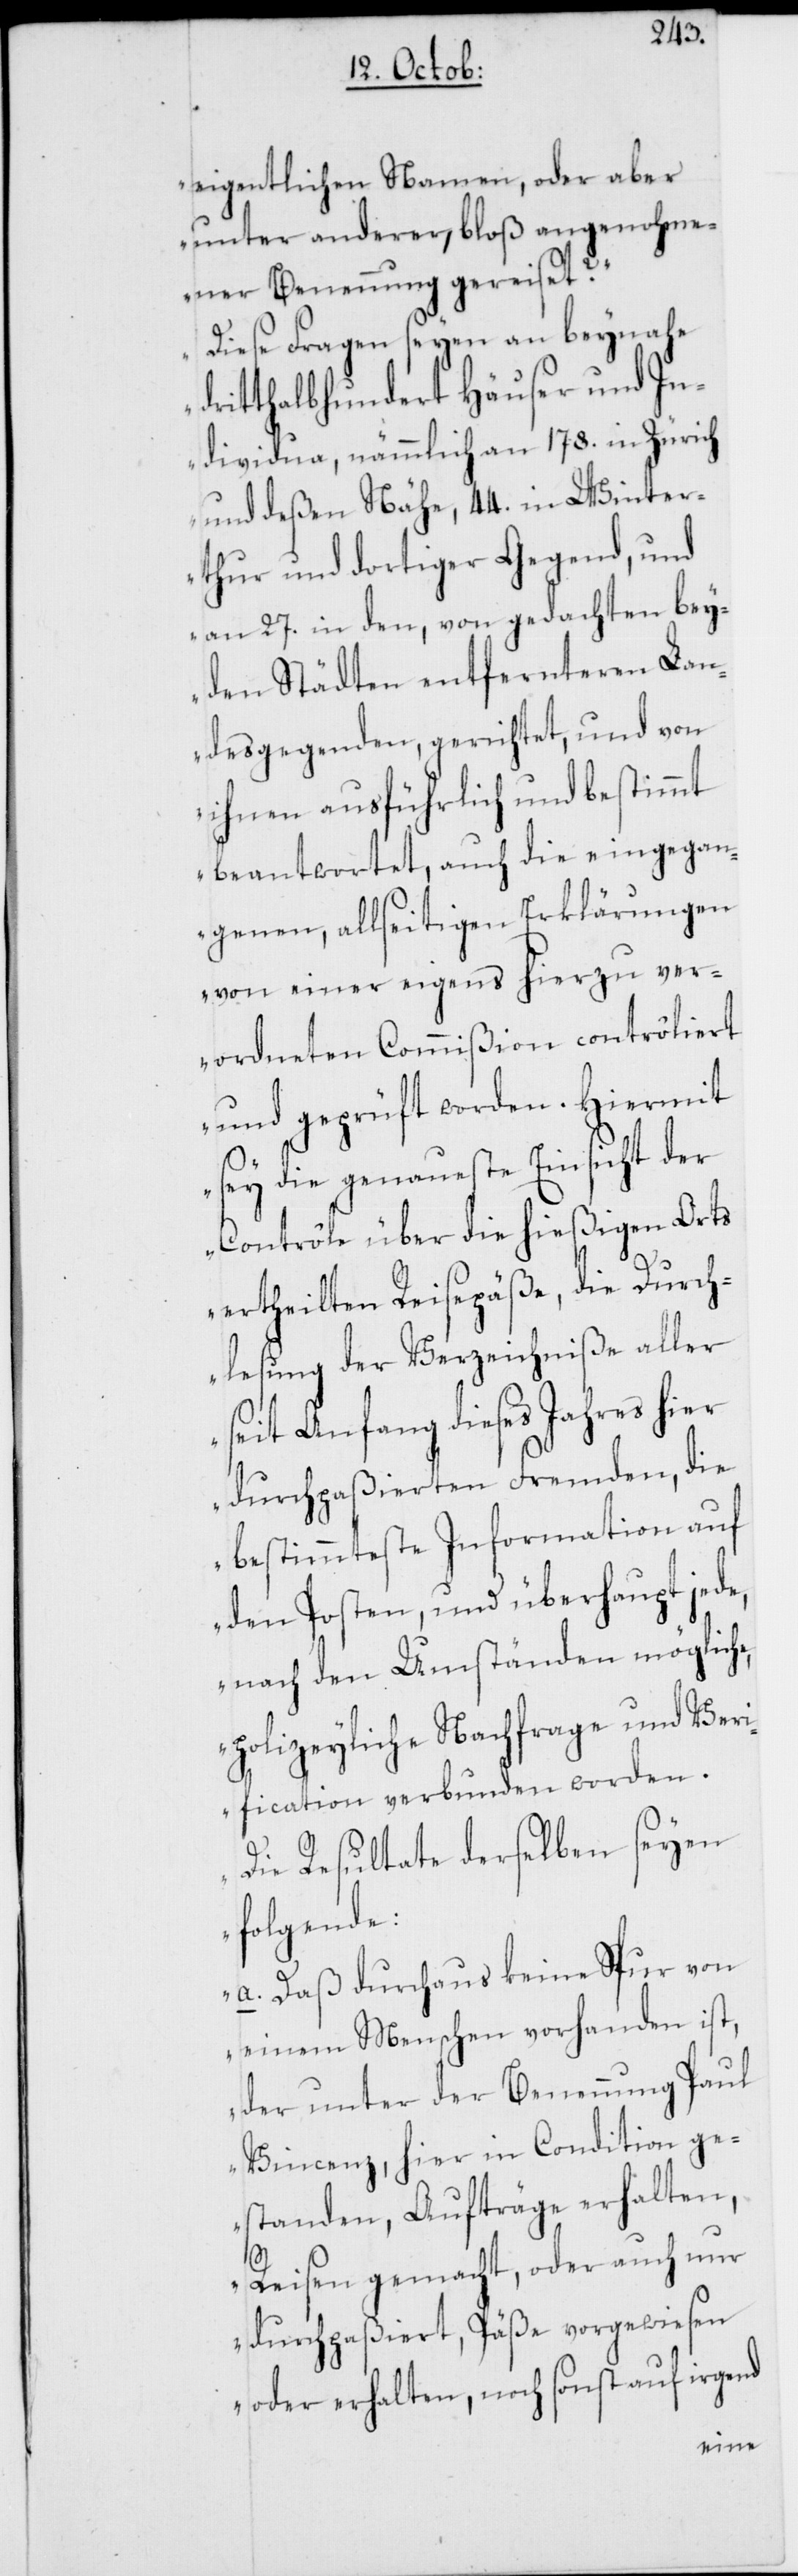
eigentlichen Namen, oder aber
unter anderer, bloß angenohme¬
ner Benennung gereiset?
Diese Fragen seyen an beynahe
dritthalbhundert Häuser und In¬
dividua, nämmlich an 178. in Zürich
und deßen Nähe, 44. in Winter¬
thur und dortiger Gegend, und
an 27. in den, von gedachten bey¬
den Städten entfernteren Lan¬
desgegenden, gerichtet, und von
ihnen ausführlich und bestimmt
beantwortet, auch die eingegan¬
genen, allseitigen Erklärungen
von einer eigens hierzu ver¬
ordneten Commißion contrôliert
und geprüft worden. Hiermit
sey die genaueste Einsicht der
Contrôle über die hießigen Orts
ertheilten Reisepäße, die Durch¬
lesung der Verzeichniße aller
seit Anfang dieses Jahres hier
durchpaßierten Fremden, die
bestimmteste Information auf
den Posten, und überhaupt jede,
nach den Umständen mögliche,
polizeyliche Nachfrage und Ver¬
fification verbunden worden.
Die Resultate derselben seyen
folgende:
a.) Daß durchaus keine Spur von
einem Menschen vorhanden ist,
der unter der Benennung Paul
Vincenz, hier in Condition ge¬
standen, Aufträge erhalten,
Reisen gemacht, oder auch nur
durchpaßiert, Päße vorgewiesen
oder erhalten, noch sonst auf irgend